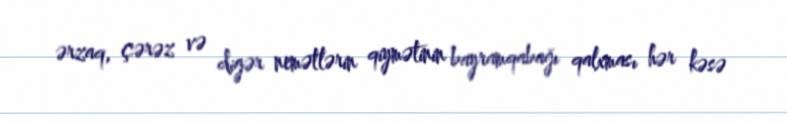
ərzaq, çərəz və digər nemətlərin qiymətinin bayramqabağı qalxması hər kəsə